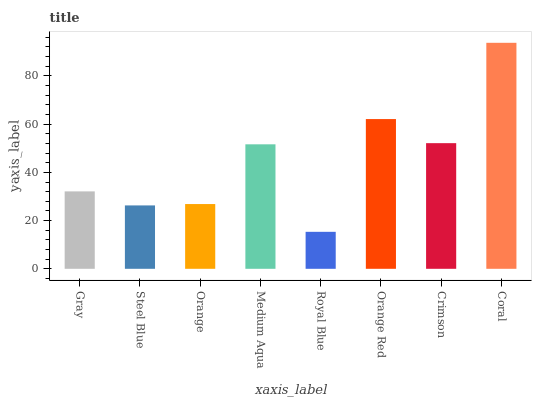
| xaxis_label | bars |
 | --- | --- |
 | Gray | 32.1 |
 | Steel Blue | 26.3 |
 | Orange | 26.9 |
 | Medium Aqua | 51.6 |
 | Royal Blue | 15.3 |
 | Orange Red | 62.1 |
 | Crimson | 52.1 |
 | Coral | 93.7 |